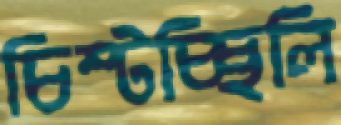
চিম্‌টচ্ছিলি